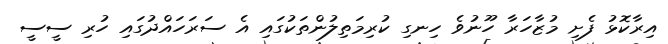
އިރާކޮޅު ފެށި މުޒާހަރާ ހޫނުވެ ހިނގި ކުރިމަތިލުންތަކުގައި އެ ސަރަހައްދުގައި ހުރި ސީސީ